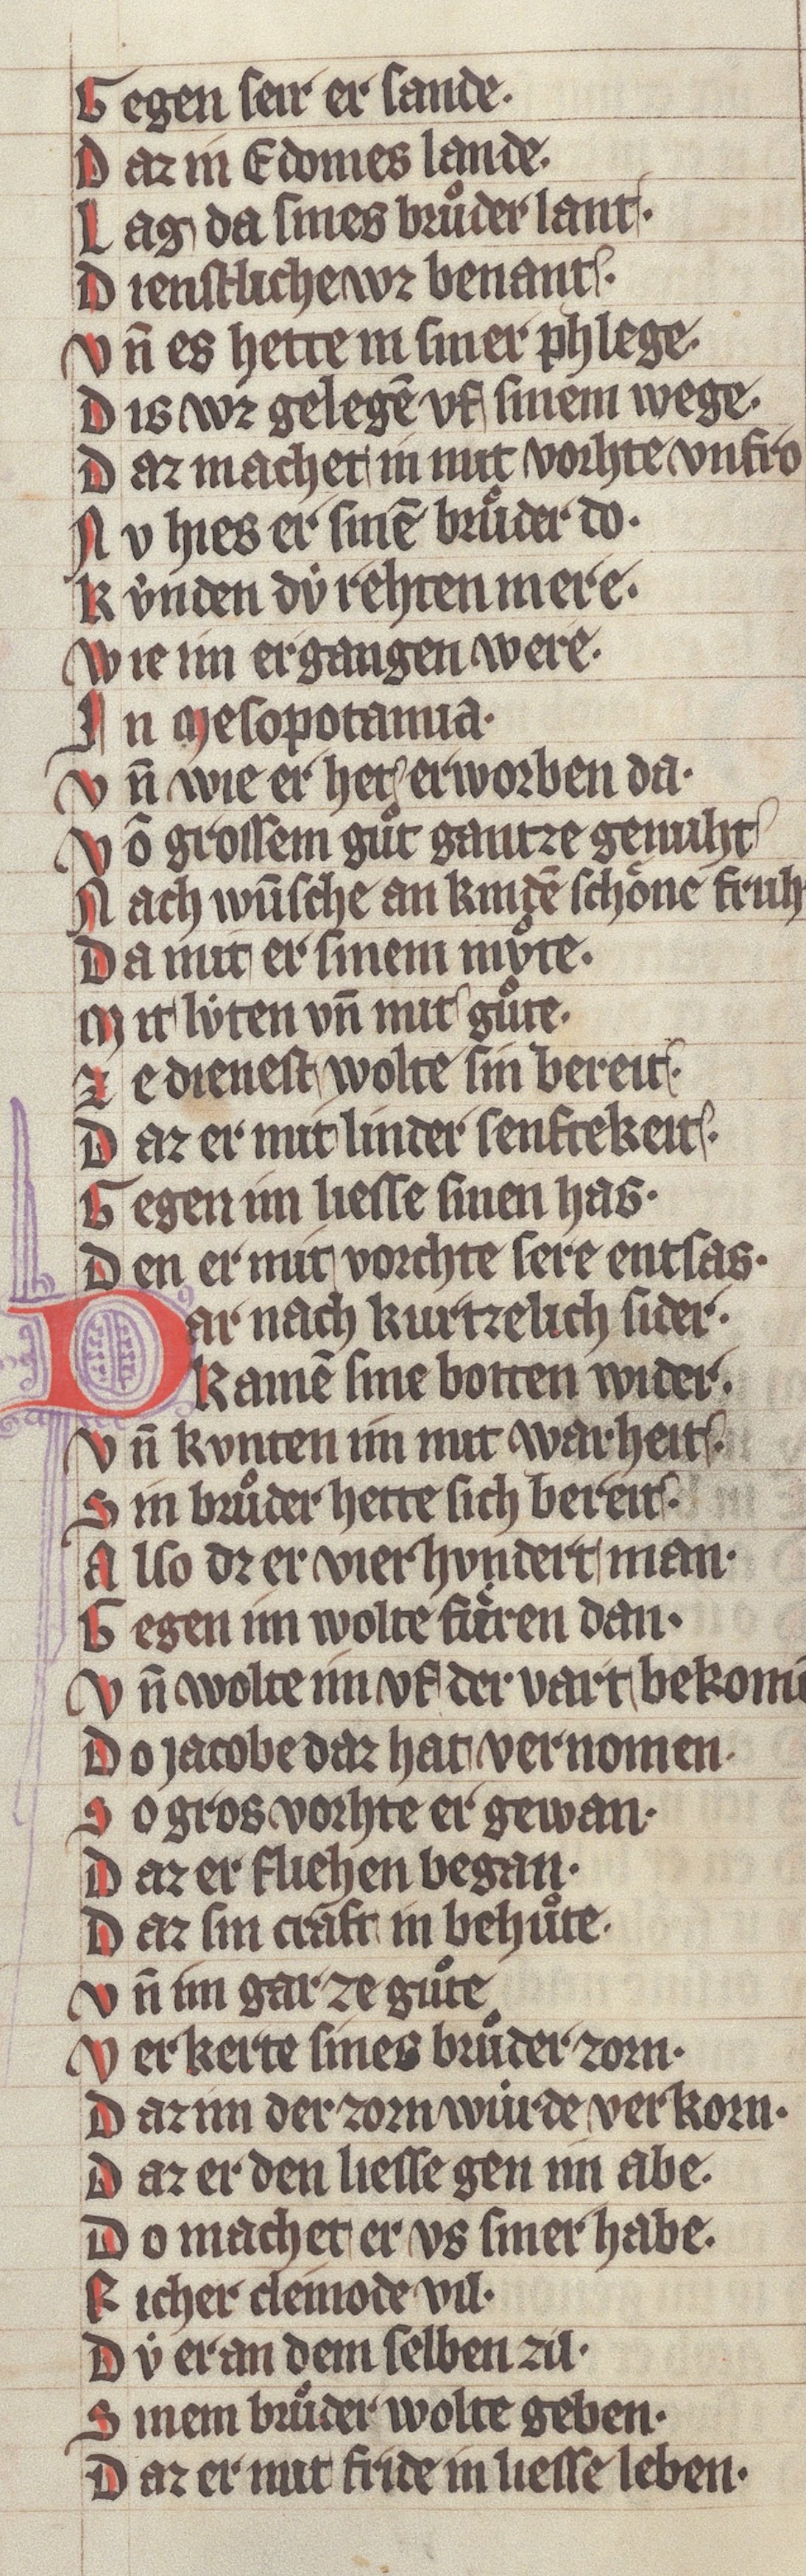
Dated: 1340–1350